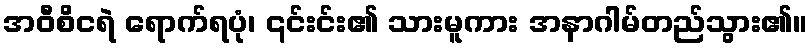
အဝီစိငရဲ ရောက်ရပုံ၊ ၎င်းင်း၏ သားမူကား အနာဂါမ်တည်သွား၏။